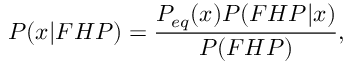
P ( x | F H P ) = \frac { P _ { e q } ( x ) P ( F H P | x ) } { P ( F H P ) } ,